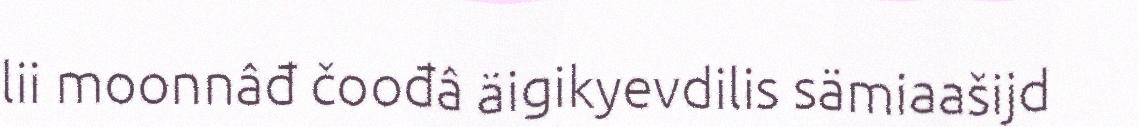
lii moonnâđ čoođâ äigikyevdilis sämiaašijd